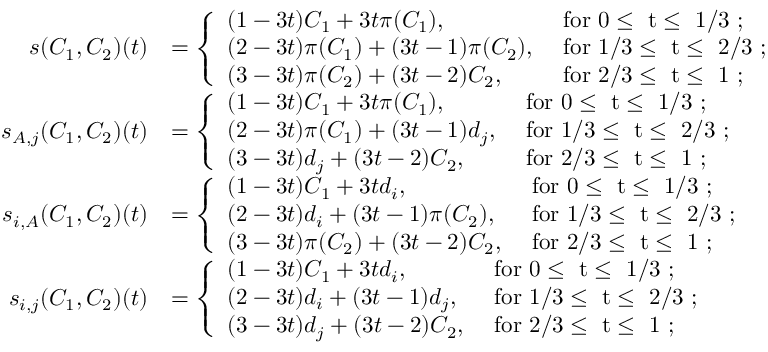
\begin{array} { r l } { s ( C _ { 1 } , C _ { 2 } ) ( t ) } & { = \left\{ \begin{array} { l l } { ( 1 - 3 t ) C _ { 1 } + 3 t \pi ( C _ { 1 } ) , } & { \mathrm { ~ f o r ~ 0 \leq ~ t \leq ~ 1 / 3 ~ ; } } \\ { ( 2 - 3 t ) \pi ( C _ { 1 } ) + ( 3 t - 1 ) \pi ( C _ { 2 } ) , } & { \mathrm { ~ f o r ~ 1 / 3 \leq ~ t \leq ~ 2 / 3 ~ ; } } \\ { ( 3 - 3 t ) \pi ( C _ { 2 } ) + ( 3 t - 2 ) C _ { 2 } , } & { \mathrm { ~ f o r ~ 2 / 3 \leq ~ t \leq ~ 1 ~ ; } } \end{array} \right. } \\ { s _ { A , j } ( C _ { 1 } , C _ { 2 } ) ( t ) } & { = \left\{ \begin{array} { l l } { ( 1 - 3 t ) C _ { 1 } + 3 t \pi ( C _ { 1 } ) , } & { \mathrm { ~ f o r ~ 0 \leq ~ t \leq ~ 1 / 3 ~ ; } } \\ { ( 2 - 3 t ) \pi ( C _ { 1 } ) + ( 3 t - 1 ) d _ { j } , } & { \mathrm { ~ f o r ~ 1 / 3 \leq ~ t \leq ~ 2 / 3 ~ ; } } \\ { ( 3 - 3 t ) d _ { j } + ( 3 t - 2 ) C _ { 2 } , } & { \mathrm { ~ f o r ~ 2 / 3 \leq ~ t \leq ~ 1 ~ ; } } \end{array} \right. } \\ { s _ { i , A } ( C _ { 1 } , C _ { 2 } ) ( t ) } & { = \left\{ \begin{array} { l l } { ( 1 - 3 t ) C _ { 1 } + 3 t d _ { i } , } & { \mathrm { ~ f o r ~ 0 \leq ~ t \leq ~ 1 / 3 ~ ; } } \\ { ( 2 - 3 t ) d _ { i } + ( 3 t - 1 ) \pi ( C _ { 2 } ) , } & { \mathrm { ~ f o r ~ 1 / 3 \leq ~ t \leq ~ 2 / 3 ~ ; } } \\ { ( 3 - 3 t ) \pi ( C _ { 2 } ) + ( 3 t - 2 ) C _ { 2 } , } & { \mathrm { ~ f o r ~ 2 / 3 \leq ~ t \leq ~ 1 ~ ; } } \end{array} \right. } \\ { s _ { i , j } ( C _ { 1 } , C _ { 2 } ) ( t ) } & { = \left\{ \begin{array} { l l } { ( 1 - 3 t ) C _ { 1 } + 3 t d _ { i } , } & { \mathrm { ~ f o r ~ 0 \leq ~ t \leq ~ 1 / 3 ~ ; } } \\ { ( 2 - 3 t ) d _ { i } + ( 3 t - 1 ) d _ { j } , } & { \mathrm { ~ f o r ~ 1 / 3 \leq ~ t \leq ~ 2 / 3 ~ ; } } \\ { ( 3 - 3 t ) d _ { j } + ( 3 t - 2 ) C _ { 2 } , } & { \mathrm { ~ f o r ~ 2 / 3 \leq ~ t \leq ~ 1 ~ ; } } \end{array} \right. } \end{array}